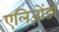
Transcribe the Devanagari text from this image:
एलिज़ोंडो